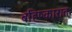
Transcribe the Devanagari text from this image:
बहिष्कारात